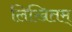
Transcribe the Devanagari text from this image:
लिखितम्